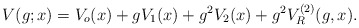
\begin{align*}V(g;x)=V_o(x)+gV_1(x)+g^2V_2(x)+g^2V^{(2)}_R(g,x).\end{align*}